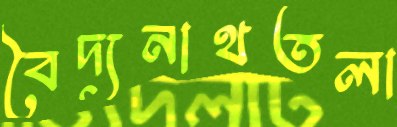
বৈদ্যনাথতলা